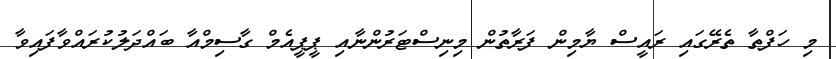
މި ހަފްތާ ތެރޭގައި ރައީސް ޔާމިން ފަރާތުން މިނިސްޓަރުންނާއި ޕީޕީއެމް ގާސިމްއާ ބައްދަލުކުރައްވާފައިވާ